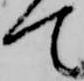
て